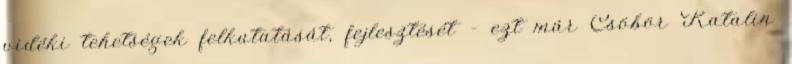
vidéki tehetségek felkutatását, fejlesztését – ezt már Csöbör Katalin